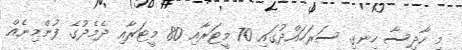
މި ހާދިސާ ހިނގި ސަރަހައްދުގައި 70 މީޓަރާއި 80 މީޓަރާއި ދެމެދުގެ ފުންމިނެއް